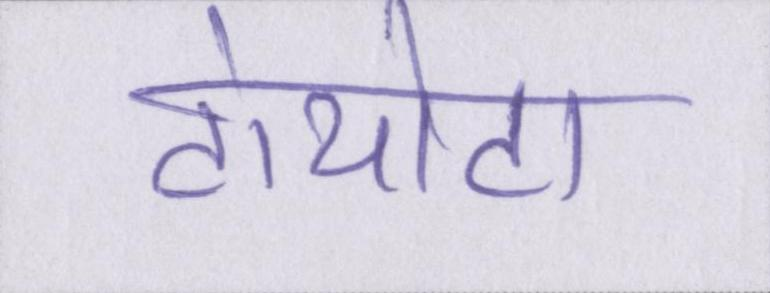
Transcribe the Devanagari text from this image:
टोयोटा